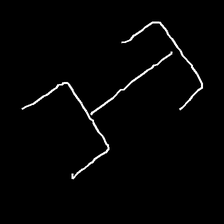
Glyph: entwine